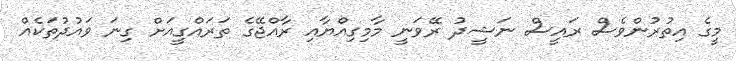
މީގެ އިތުރުންވެސް ރައީސް ނަޝީދު ރޭވަނީ މާމިގިއްޔާއި ރާއްޖޭގެ ތަރައްގީއަށް ގިނަ ވައުދުތަކެއް